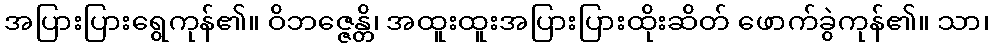
အပြားပြားရွေကုန်၏။ ဝိဘဇ္ဇေန္တိ၊ အထူးထူးအပြားပြားထိုးဆိတ် ဖောက်ခွဲကုန်၏။ သာ၊